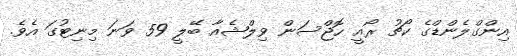
އިންގްލެންޑްގެ ކޯޗު ރޯއީ ހޮޖްސަން ވިލްޝެއާ ބޭލީ 59 ވަނަ މިނިޓުގަ އެވެ.